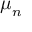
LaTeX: { \boldsymbol { \mu } } _ { n }